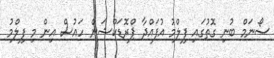
ސޯނަމް ބުނި ގޮތުގައި ފިލްމު އުފައްދާ ޕްރޮޑަކްޝަން ހައުސް އިން މި ފިލްމު